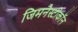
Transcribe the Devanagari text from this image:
जिमनैस्टीकॉन